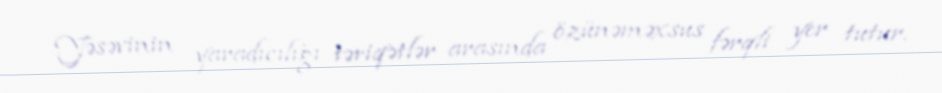
Yəsəvinin yaradıcılığı təriqətlər arasında özünəməxsus fərqli yer tutur.